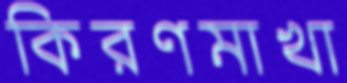
কিরণমাখা